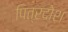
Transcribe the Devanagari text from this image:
पित्रदोश